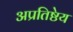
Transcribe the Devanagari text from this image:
अप्रतिष्ठेय